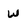
Character: w